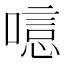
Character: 𠻫